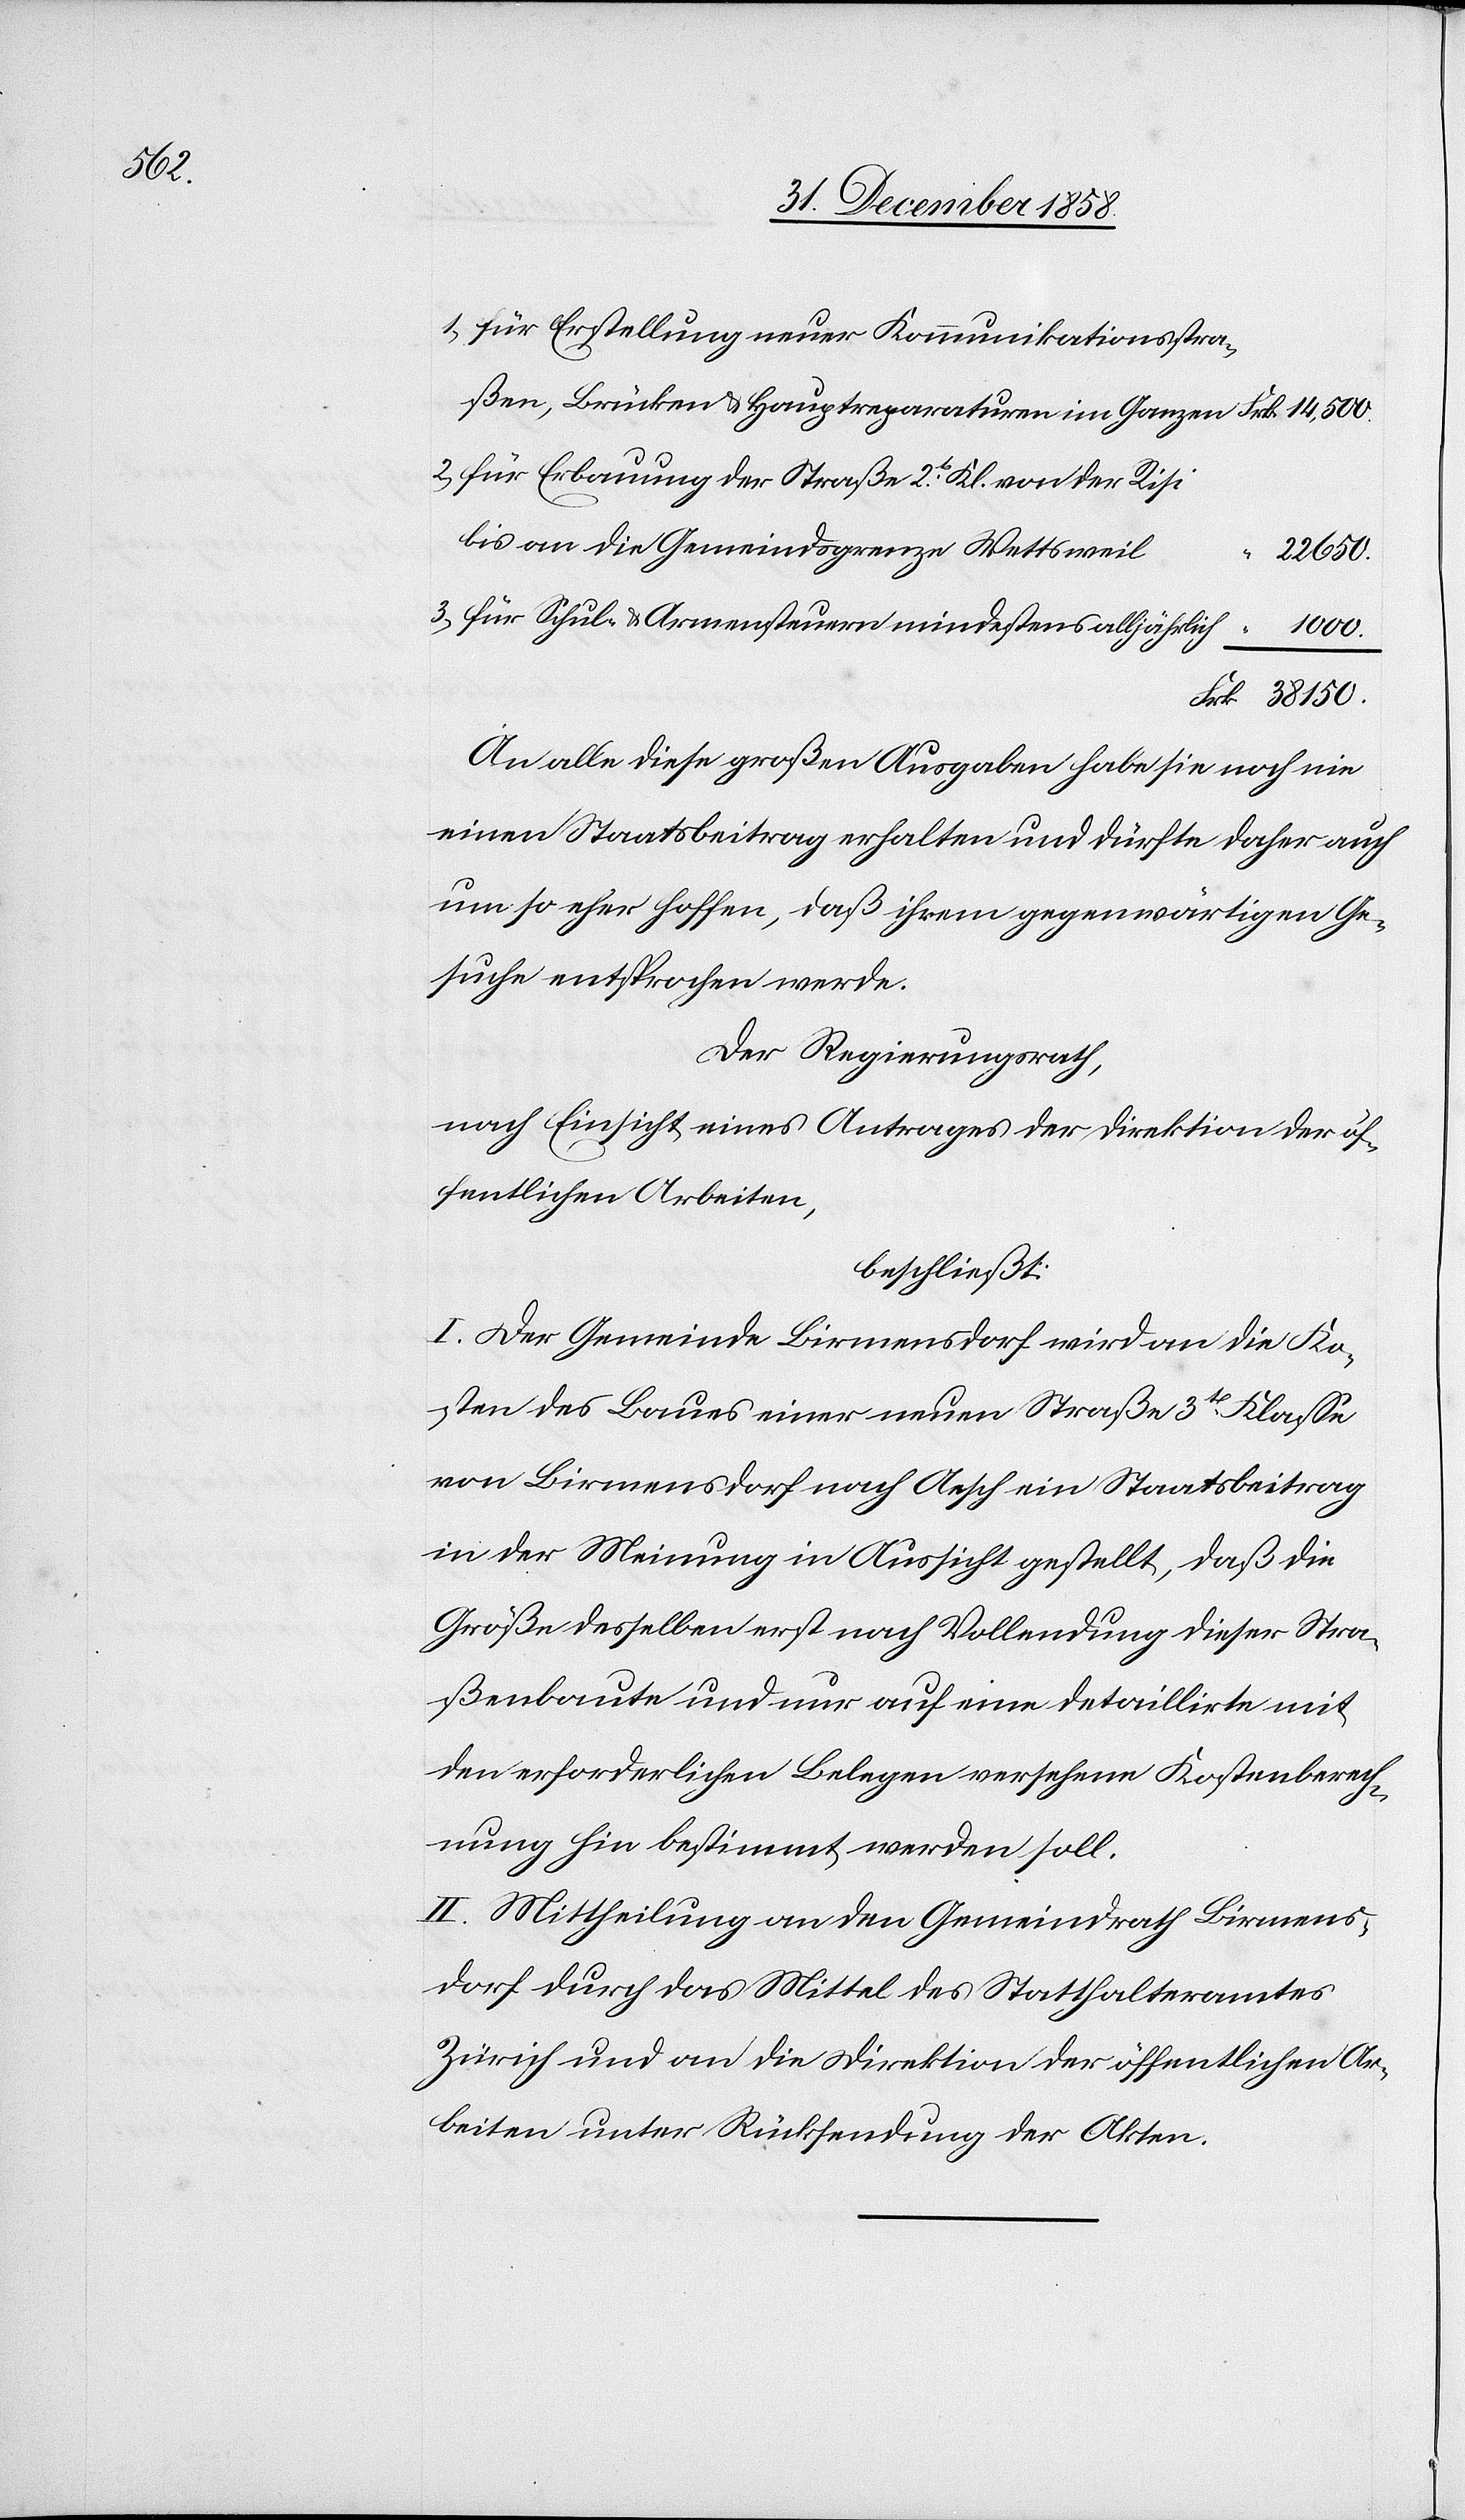
68.

16. Dezember 1856
29 146.